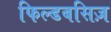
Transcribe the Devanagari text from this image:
फिल्डबसिज़